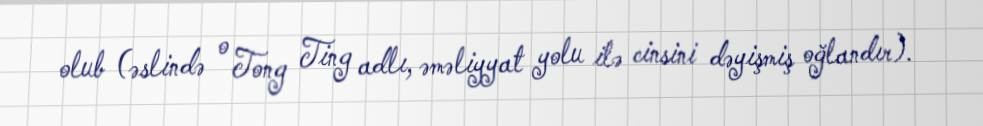
olub (əslində o Tong Ting adlı, əməliyyat yolu ilə cinsini dəyişmiş oğlandır).